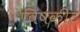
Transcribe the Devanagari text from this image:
विषकीट